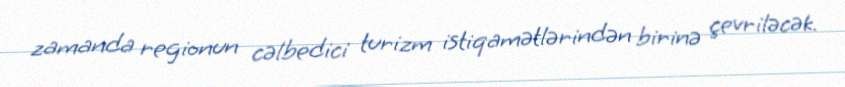
zamanda regionun cəlbedici turizm istiqamətlərindən birinə çevriləcək.